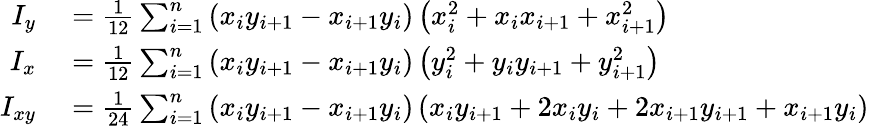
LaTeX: \begin{array}{rl}{I_{y}}&{{}={\frac{1}{12}}\sum_{i=1}^{n}\left(x_{i}y_{i+1}-x_{i+1}y_{i}\right)\left(x_{i}^{2}+x_{i}x_{i+1}+x_{i+1}^{2}\right)}\\ {I_{x}}&{{}={\frac{1}{12}}\sum_{i=1}^{n}\left(x_{i}y_{i+1}-x_{i+1}y_{i}\right)\left(y_{i}^{2}+y_{i}y_{i+1}+y_{i+1}^{2}\right)}\\ {I_{xy}}&{{}={\frac{1}{24}}\sum_{i=1}^{n}\left(x_{i}y_{i+1}-x_{i+1}y_{i}\right)\left(x_{i}y_{i+1}+2x_{i}y_{i}+2x_{i+1}y_{i+1}+x_{i+1}y_{i}\right)}\end{array}